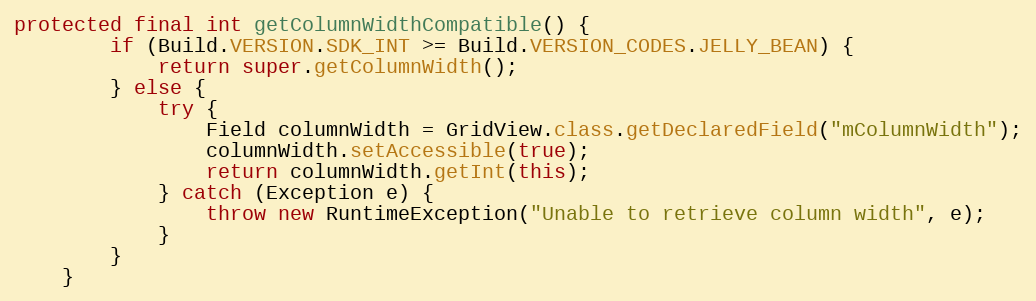
Language: Java
protected final int getColumnWidthCompatible() {
        if (Build.VERSION.SDK_INT >= Build.VERSION_CODES.JELLY_BEAN) {
            return super.getColumnWidth();
        } else {
            try {
                Field columnWidth = GridView.class.getDeclaredField("mColumnWidth");
                columnWidth.setAccessible(true);
                return columnWidth.getInt(this);
            } catch (Exception e) {
                throw new RuntimeException("Unable to retrieve column width", e);
            }
        }
    }